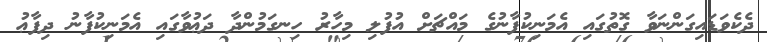
ދެކެވަޑައިގަންނަވާ ގޮތުގައި އެމަނިކުފާނުގެ މައްޗަށް އުފުލި މިހާރު ހިނގަމުންދާ ދަޢުވާގައި އެމަނިކުފާނު ދިފާޢު